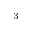
^ { 3 }